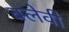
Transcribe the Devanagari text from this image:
क्लेवी